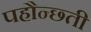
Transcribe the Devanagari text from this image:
पहौन्छ्ती